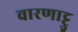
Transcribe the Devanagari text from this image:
वारणाट्टु